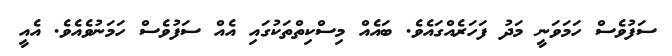
ސަފުވެސް ހަމަވަނީ މަދު ފަހަރެއްގައެވެ. ބައެއް މިސްކިތްތަކުގައި އެއް ސަފުވެސް ހަމަނުވެއެވެ. އެއީ